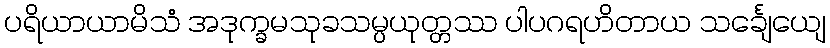
ပရိယာယာမိသံ အဒုက္ခမသုခသမ္ပယုတ္တဿ ပါပဂရဟိတာယ သင်္ချေယျေ